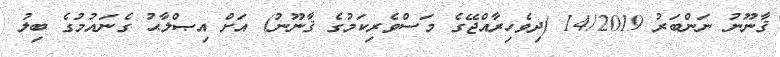
ޤާނޫނު ނަންބަރު 14/2019 (ދިވެހިރާއްޖޭގެ މަސްވެރިކަމުގެ ޤާނޫނު) އަށް އިޞްލާޙު ގެނައުމުގެ ބިލު